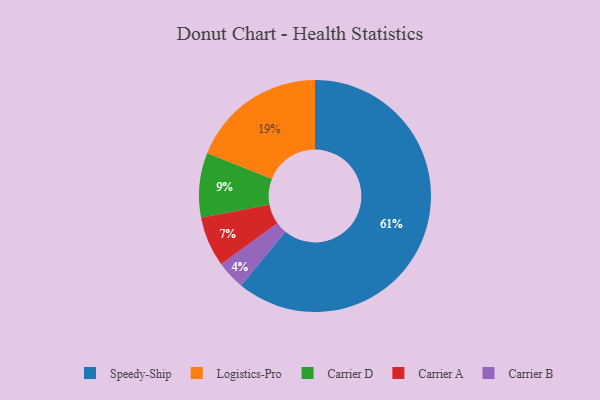
{"axis": {"x": "Category", "y": "Percentage"}, "legend": ["Carrier A", "Carrier B", "Carrier D", "Logistics-Pro", "Speedy-Ship"], "data": [{"x": "Carrier D", "y": 9, "type": "Carrier D"}, {"x": "Carrier B", "y": 4, "type": "Carrier B"}, {"x": "Carrier A", "y": 7, "type": "Carrier A"}, {"x": "Logistics-Pro", "y": 19, "type": "Logistics-Pro"}, {"x": "Speedy-Ship", "y": 61, "type": "Speedy-Ship"}]}